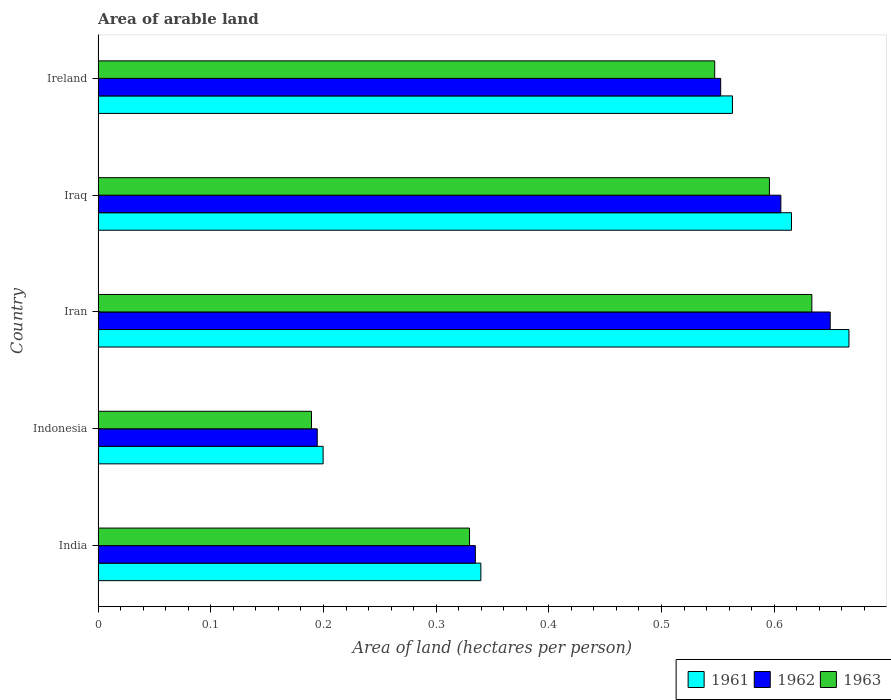
| Country | 1961 | 1962 | 1963 |
 | --- | --- | --- | --- |
 | India | 0.34 | 0.335 | 0.33 |
 | Indonesia | 0.2 | 0.194 | 0.189 |
 | Iran | 0.666 | 0.65 | 0.633 |
 | Iraq | 0.615 | 0.606 | 0.596 |
 | Ireland | 0.563 | 0.553 | 0.547 |